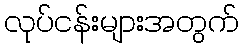
လုပ်ငန်းများအတွက်